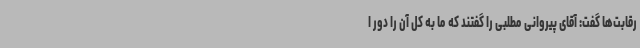
رقابت‌ها گفت: آقای پیروانی مطلبی را گفتند که ما به کل آن را دور ا